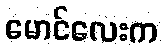
မောင်လေးက